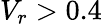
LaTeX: V_{r}>0.4